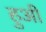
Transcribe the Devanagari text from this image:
हुअी